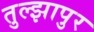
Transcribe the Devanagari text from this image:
तुल्झापुर